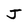
Character: J